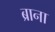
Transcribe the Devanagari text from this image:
ब्राना